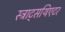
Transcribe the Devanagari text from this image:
स्ट्राट्सथिएटर